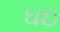
ઘઇ